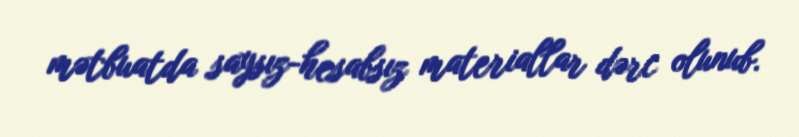
mətbuatda saysız-hesabsız materiallar dərc olunub.